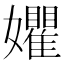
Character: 㜹